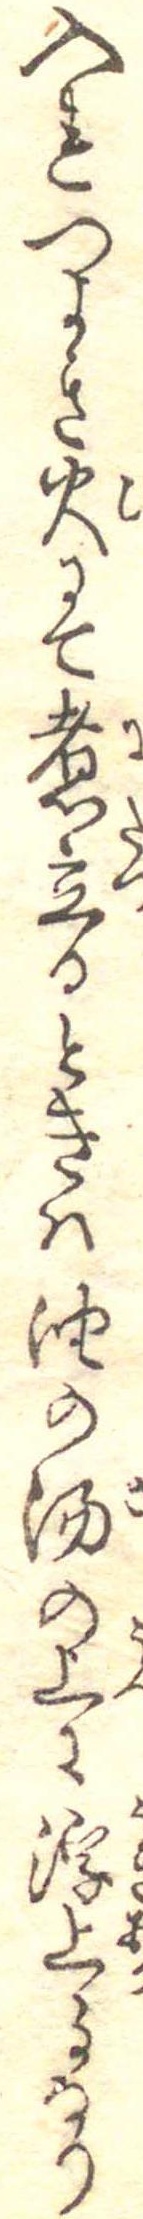
入れつよき火にて煮立るときは油の湯の上に浮上るなり